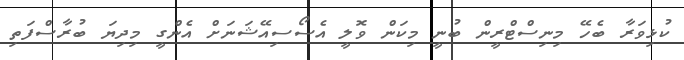
ކުޅިވަރާ ބެހޭ މިނިސްޓްރީން ބުނީ މިކަން ވޮލީ އެސޯސިއޭޝަނަށް އެންގީ މިދިޔަ ބުރާސްފަތި